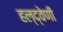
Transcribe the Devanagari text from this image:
हल्द्वेणी